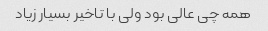
همه چی عالی بود ولی با تاخیر بسیار زیاد